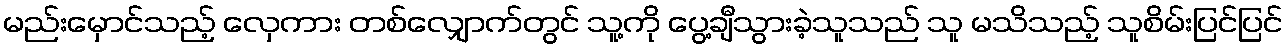
မည်းမှောင်သည့် လှေကား တစ်လျှောက်တွင် သူ့ကို ပွေ့ချီသွားခဲ့သူသည် သူ မသိသည့် သူစိမ်းပြင်ပြင်